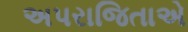
અપરાજિતાએ